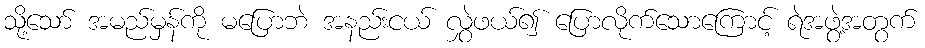
သို့သော် အမည်မှန်ကို မပြောဘဲ အနည်းငယ် လွှဲဖယ်၍ ပြောလိုက်သောကြောင့် ရဲအဖွဲ့အတွက်